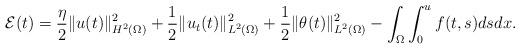
LaTeX: \begin{align*} \mathcal{E}(t) = \dfrac{\eta}{2}\|u(t)\|^2_{H^2(\Omega)}+\dfrac{1}{2}\|u_t(t)\|^2_{L^2(\Omega)}+\dfrac{1}{2}\|\theta(t)\|^2_{L^2(\Omega)}-\displaystyle\int_\Omega\int_0^u f(t,s)dsdx.\end{align*}